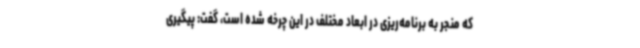
که منجر به برنامه‌ریزی در ابعاد مختلف در این چرخه شده است، گفت: پیگیری